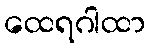
ထေရဂါထာ